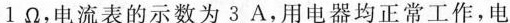
1Ω，电流表的示数为3A，用电器均正常工作，电